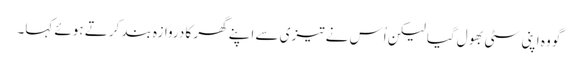
گو وہ اپنی سٹی بھول گیا لیکن اُس نے تیزی سے اپنے گھر کا دروازہ بند کرتے ہوئے کہا۔